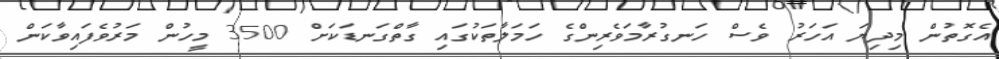
އެގޮތުން މިދިޔަ އަހަރު ވެސް ހަނގުރާމަވެރިންގެ ހަމަލާތަކުގައި ގާތްގަނޑަކަށް 3500 މީހުން މަރުވެފައިވާކަން